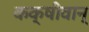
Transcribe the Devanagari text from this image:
कक्षीवान्‌